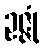
ဥဇ္ဇုံ